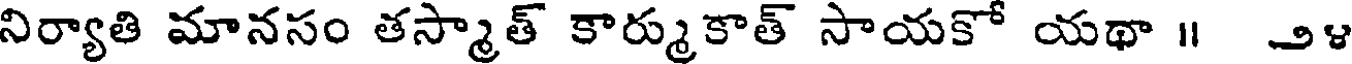
నిర్యాతి మానసం తస్మాత్ కార్ముకాత్ సాయకో యథా ॥ ౨౪